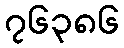
၇၆၃၈၆